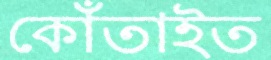
কোঁতাইত